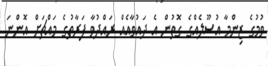
ވުމުގެ ޒިންމާ އުސޫލެއްގެ ގޮތުން އެ ދައުވާއެއް ރައްދުވާ ފަރާތުގެ މައްޗަށް އޮންނަ